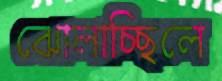
ঝোলাচ্ছিলে